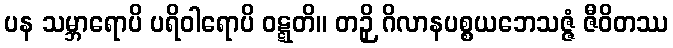
ပန သမ္ဘာရောပိ ပရိဝါရောပိ ဝဋ္ဋတိ။ တဉှိ ဂိလာနပစ္စယဘေသဇ္ဇံ ဇီဝိတဿ